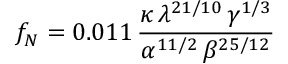
f _ { N } = 0 . 0 1 1 \, \frac { \kappa \, \lambda ^ { 2 1 / 1 0 } \, \gamma ^ { 1 / 3 } } { \alpha ^ { 1 1 / 2 } \, \beta ^ { 2 5 / 1 2 } }